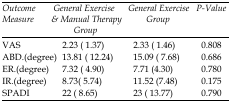
<table><thead><tr><td><b>Outcome Measure</b></td><td><b>General Exercise &amp; Manual Therapy Group</b></td><td><b>General Exercise Group</b></td><td><b>P-Value</b></td></tr></thead><tbody><tr><td>VAS</td><td>2.23 (1.37)</td><td>2.33 (1.46)</td><td>0.808</td></tr><tr><td>ABD.(degree)</td><td>13.81 (12.24)</td><td>15.09 (7.68)</td><td>0.686</td></tr><tr><td>ER.(degree)</td><td>7.32 (4.90)</td><td>7.71 (4.30)</td><td>0.780</td></tr><tr><td>IR.(degree)</td><td>8.73(5.74)</td><td>11.52 (7.48)</td><td>0.175</td></tr><tr><td>SPADI</td><td>22 (8.65)</td><td>23 (13.77)</td><td>0.790</td></tr></tbody></table>